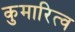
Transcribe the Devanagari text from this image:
कुमारित्व